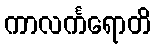
ကာလင်္ကရောတိ